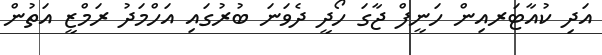
އަދި ކުއާޓަރއިން ހަނީފް ޖާގަ ހޯދީ ދެވަނަ ބުރުގައި އަހްމަދު ރަމްޒީ އަތުން